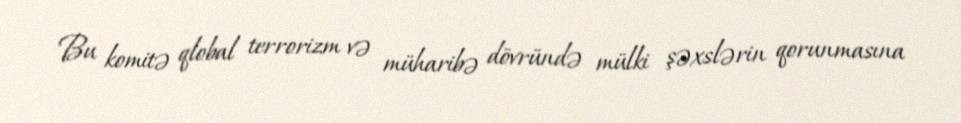
Bu komitə qlobal terrorizm və müharibə dövründə mülki şəxslərin qorunmasına